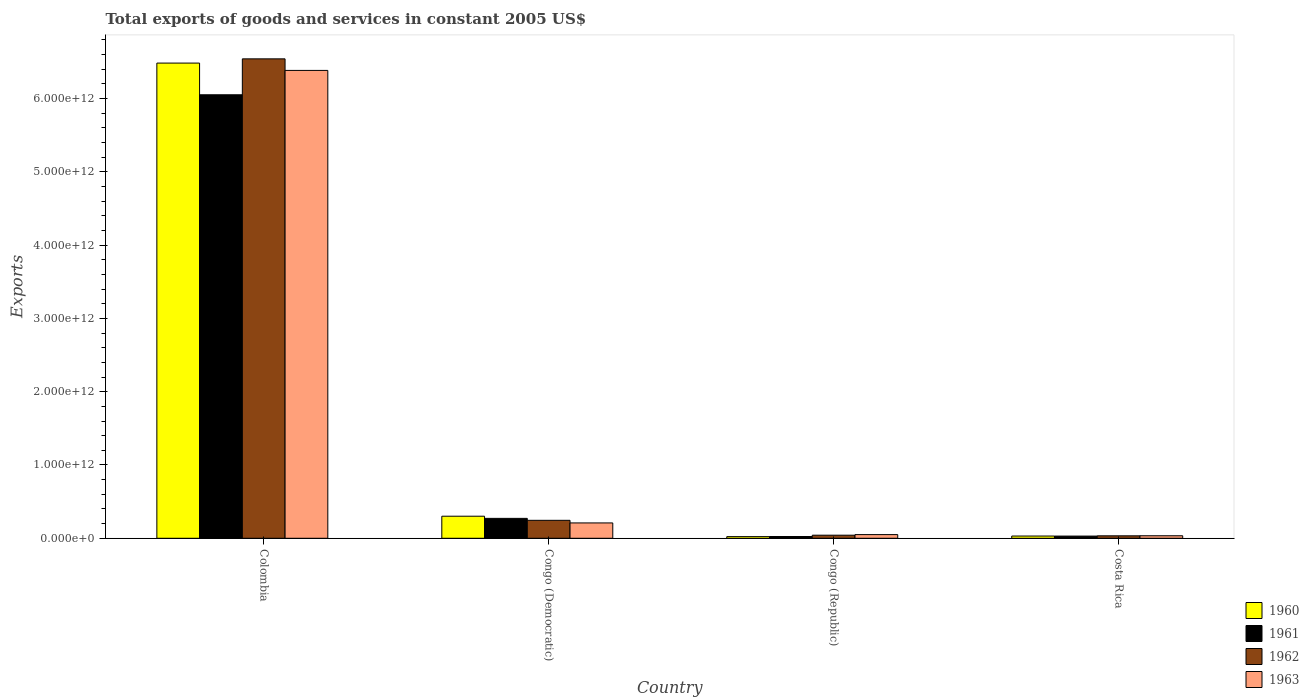
| Country | 1960 | 1961 | 1962 | 1963 |
 | --- | --- | --- | --- | --- |
 | Colombia | 6.48e+12 | 6.05e+12 | 6.54e+12 | 6.38e+12 |
 | Congo (Democratic) | 3.01e+11 | 2.72e+11 | 2.45e+11 | 2.09e+11 |
 | Congo (Republic) | 2.25e+10 | 2.42e+10 | 4.2e+10 | 5.01e+10 |
 | Costa Rica | 3.05e+10 | 3e+10 | 3.35e+10 | 3.44e+10 |